Civil Veterinary Department. United Provinces 1932-42 - 1932-1942
Year: 1932
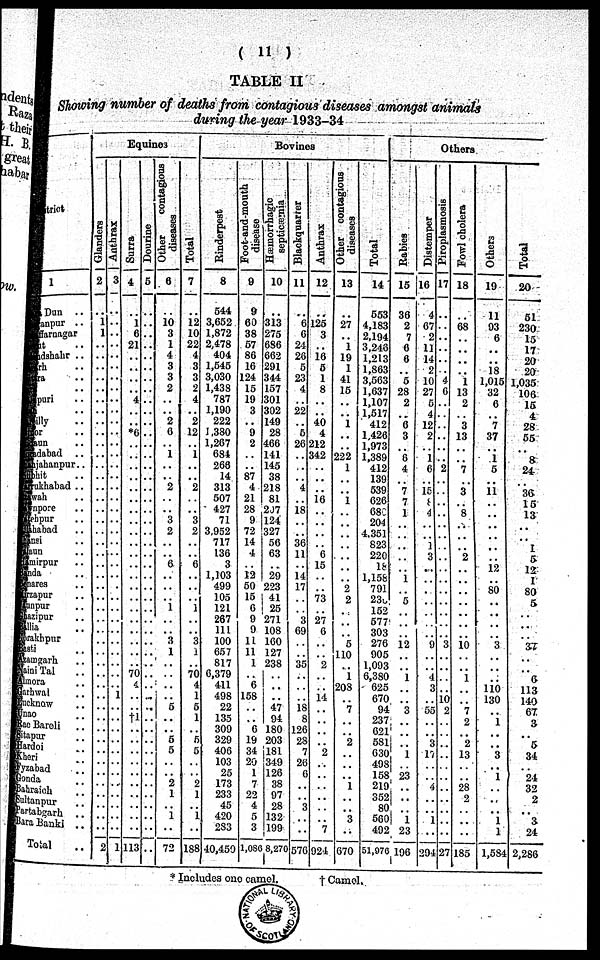
( 11 )
TABLE II
Showing number of deaths from contagious diseases amongst animals
during the year 1933-34
District.
1
Dehra Dun ..
Saranpur ..
Muzaffarnagar ..
Meerut ..
Bulandshahr ..
Aligarh ..
Muttra ..
Agra ..
Mainpuri ..
Etah ..
Bareilly ..
Bijnor ..
Budaun ..
Moradabad ..
Shajahanpur ..
Pilibhit ..
Farrukhabad ..
Etawah ..
Cawnpore ..
Fatehpur ..
Allahabad ..
Jhansi ..
Jalaun ..
Hamirpur ..
Banda ..
Benares ..
Mirzapur ..
Jaunpur ..
Ghazipur ..
Ballia ..
Gorakhpur ..
Basti ..
Azamgarh ..
Naini Tal ..
Almora ..
Garhwal ..
Lucknow ..
Unao ..
Rae Bareli ..
Sitapur ..
Hardoi ..
Kheri ..
Fyzabad ..
Gonda ..
Bahraich ..
Sultanpur ..
Partabgarh ..
Bara Banki ..
Total
Equines
Glanders
2
..
1
1
..
..
..
..
..
..
..
..
..
..
..
..
..
..
..
..
..
..
..
..
..
..
..
..
..
..
..
..
..
..
..
..
..
.. ..
..
..
..
..
..
..
..
..
2
Anthrax
3
..
..
..
..
..
..
..
..
..
..
..
..
..
..
..
..
..
..
..
..
..
..
..
..
..
..
..
..
..
..
..
..
..
..
1 ..
.. ..
..
..
..
..
..
..
..
..
1
Surra
4
..
..
6
21
..
..
..
..
4
..
..
*6
..
..
..
..
..
..
..
..
..
..
..
..
..
..
..
..
..
..
..
..
70
4
..
..
†1
..
..
..
..
..
..
..
..
113
Dourine
5
..
..
..
..
..
..
..
..
..
..
..
..
..
..
..
..
..
..
..
..
..
..
..
..
..
..
..
..
..
..
..
..
..
..
.. ..
.. ..
..
..
..
..
..
..
..
..
Other
contagious
diseases
6
..
10
3
1
4
3
3
2
..
.. 2
6
.. 1
..
.. 2
..
.. 3
2
..
..
6
..
..
.. 1
..
..
3
1
..
..
..
..
5
.. ..
6
5
..
2
1
.. 1
..
72
Total
7
..
12
10
22
4
3
3
2
4
.. 2
12
.. 1
..
..
2
..
.. 3
2
..
..
6
..
..
.. 1
..
..
3
1
..
70
4
1
6
1
..
6
5
..
2
1
..
1
..
188
Bovines
Rinderpest
8
544
3,652
1,872
2,478
404
1,545
3,030
1,438
787
1,190
222
1,330
1,267
684
268
14
313
507
427
71
3,952
717
136
3
1,103
499
105
121
267
111
100
657
817
6,379
411
498
22
135
309
329
406
103
25
173
233
45
420
283
40,450
Foot-and-mouth
disease
9
9
60
38
67
86
16
124
15
19
3
..
9
2
..
..
87
4
21
28
9
72
14
4
..
12
50
15
6
9
9
11
11
1
..
6
158
.. ..
6
..
34
20
1
7
22
4
5
3
1,086
Hæmorrhagic
septicæmia
10
..
313
275
686
662
291
344
157
301
392
149
28
466
141
145
38
218
81
217
124
327
56
63
..
29
223
41
25
271
108
160
127
238
..
..
.. 47
94
180
203 181
319
126 38
97
28
132
199
8,270
Blackquarter
11
..
6
6
24
26
5
23
4
..
22
..
6
26
..
..
.. 4
..
18
..
..
36
11
..
14
17
..
..
3
69
..
..
35
..
.. .. 18
8
126
23 7
26
6
..
..
..
3
..
576
Anthrax
12
..
125
3
..
16
5
1
8
..
..
40
4
212
342
..
.. ..
16
..
..
..
..
6
15
..
..
73
..
27
6
..
..
2
..
14
..
..
..
..
.. 2
..
..
..
..
..
..
7
924
Other contagious
diseases
13
..
27
..
1
19
1
41
15
..
..
1
..
..
222
1
..
..
1
..
..
..
..
..
..
..
2
2
..
..
..
5
110
..
1
208
..
7
..
2
..
..
.. 1
..
..
3
..
670
Total
14
553
4,183
2,194
3,248
1,213
1,863
3,563
1,637
1,107
1,517
412
1,426
1,973
1,389
412
139
539
626
688
204
4.351
823
220
18
1,158
791
239
152
577
303
276
905
1,093
6,380
625
670
94
237
621
581 630
498
158 219
352
80
560
492
51,970
Others
Rabies
15
36
2
7
6
6
5
28
2
6
3
..
8
4
..
7
7
1
.. ..
..
..
..
..
..
..
..
..
..
..
12
..
..
1
.. ..
3
..
..
.. 1
..
..
23
..
..
1
23
196
Distemper
16
4
67
2
11
14
2
10
27
5
4
12
2
..
1
6
..
15
8
4
..
..
1
3
..
..
..
..
..
..
..
9
..
..
4
3
..
55
..
..
3 17
..
..
.. 4
..
1
..
294
Piroplasmosis
17
..
..
..
..
..
..
4
6
..
..
..
..
..
..
..
..
..
..
..
..
..
..
..
..
..
..
..
..
..
..
3
..
..
..
..
10
..
..
..
.. ..
..
..
..
..
..
..
..
27
Fowl cholera
18
..
68
..
..
..
..
1
13
2
..
3
13
..
..
7
..
3
..
8
..
..
..
2
..
..
..
..
..
..
..
10
..
..
1
.. ..
7
2
..
2 ..
..
..
..
28
2
..
..
185
Others
19
11
93
6
..
..
18
1,015
32
6
..
7
37
..
1
5
..
11
..
.. ..
..
..
..
12
..
80
..
..
..
..
3
..
..
..
110
130
..
1
..
.. .. 3
..
..
..
..
1
1
1,584
Total
20
51
230
15
17
..
20
1,035
106
15
..
28
55
..
8
24
..
36
15
13
..
..
..
..
12
1
80
..
..
..
..
37
..
..
6
113
.. 140
67
3
.. 5
34
..
24
32
2
3
24
2,286
* Includes one camel.
†
Camel.